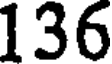
136